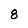
Character: 8